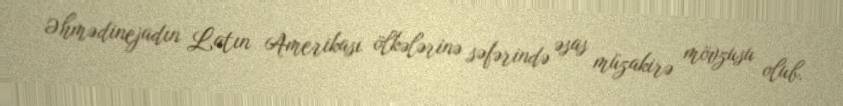
Əhmədinejadın Latın Amerikası ölkələrinə səfərində əsas müzakirə mövzusu olub.